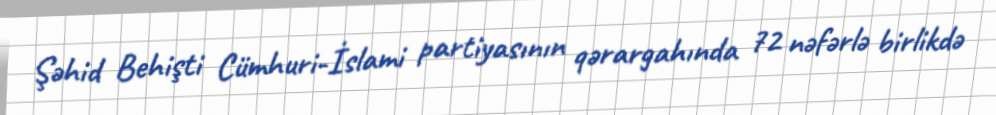
Şəhid Behişti Cümhuri-İslami partiyasının qərargahında 72 nəfərlə birlikdə